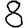
Digit: 8